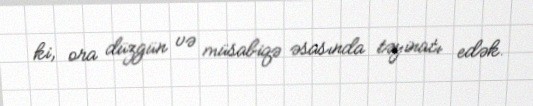
ki, ora düzgün və müsabiqə əsasında təyinatı edək.